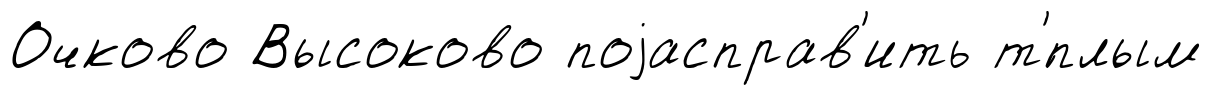
Очково Высоково поjасправ'ить т'́плым